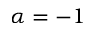
\alpha = - 1